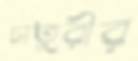
চাতুরীর